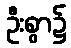
ဦးစွာ၌